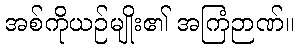
အစ်ကိုယဉ်မျိုး၏ အကြံဉာဏ်။